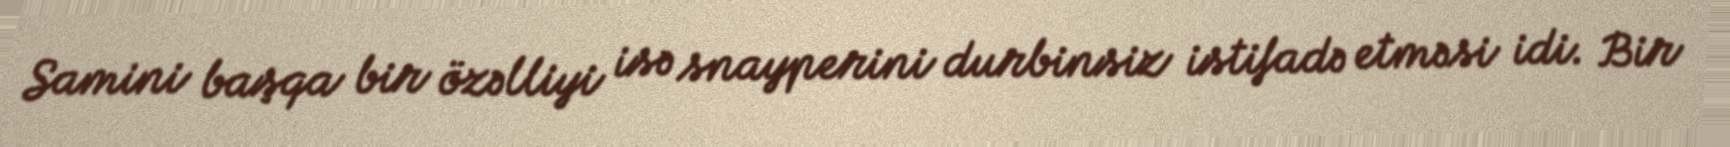
Samini başqa bir özəlliyi isə snayperini durbinsiz istifadə etməsi idi. Bir